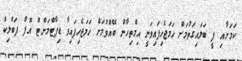
ކަމަށާއި ފީ ބަލައިގަތުމަށް ހަމަޖެހިފައިވަނީ އިމްތިހާން ބޭއްވުމަށް ހަމަޖެހިފައިވާ ޑިޕާޓްމަންޓް އޮފް ޕަބްލިކް